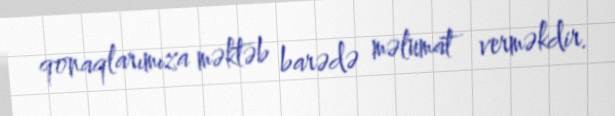
qonaqlarımıza məktəb barədə məlumat verməkdir.